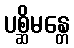
ပစ္ဆိမန္တေ